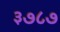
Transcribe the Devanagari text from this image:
३७८७